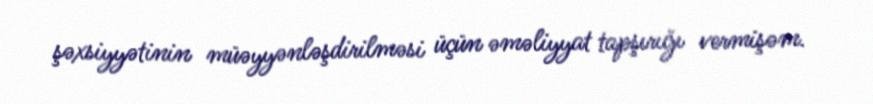
şəxsiyyətinin müəyyənləşdirilməsi üçün əməliyyat tapşırığı vermişəm.